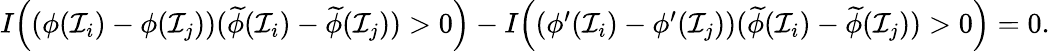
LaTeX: \begin{array}{r}{I\Big((\phi(\mathcal{I}_{i})-\phi(\mathcal{I}_{j}))(\widetilde{\phi}(\mathcal{I}_{i})-\widetilde{\phi}(\mathcal{I}_{j}))>0\Big)-I\Big((\phi^{\prime}(\mathcal{I}_{i})-\phi^{\prime}(\mathcal{I}_{j}))(\widetilde{\phi}(\mathcal{I}_{i})-\widetilde{\phi}(\mathcal{I}_{j}))>0\Big)=0.}\end{array}